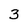
Character: 3